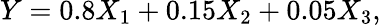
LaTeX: Y=0.8X_{1}+0.15X_{2}+0.05X_{3},